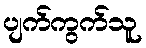
ပျက်ကွက်သူ